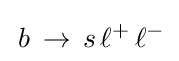
\,b\,\to \,s\,\ell ^{+}\,\ell ^{-}